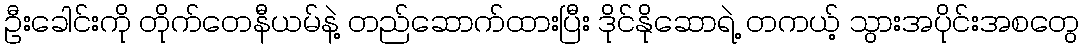
ဦးခေါင်းကို တိုက်တေနီယမ်နဲ့ တည်ဆောက်ထားပြီး ဒိုင်နိုဆောရဲ့ တကယ့် သွားအပိုင်းအစတွေ